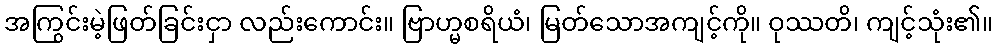
အကြွင်းမဲ့ဖြတ်ခြင်းငှာ လည်းကောင်း။ ဗြာဟ္မစရိယံ၊ မြတ်သောအကျင့်ကို။ ဝုဿတိ၊ ကျင့်သုံး၏။